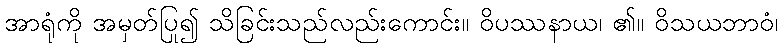
အာရုံကို အမှတ်ပြု၍ သိခြင်းသည်လည်းကောင်း။ ဝိပဿနာယ၊ ၏။ ဝိသယဘာဝံ၊